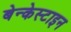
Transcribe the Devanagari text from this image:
बेन्केस्टाइन